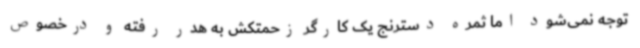
توجه نمی‌شود اما ثمره دسترنج یک کارگر زحمتکش به هدر رفته و درخصوص